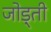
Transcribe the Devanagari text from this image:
जोड़्ती